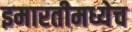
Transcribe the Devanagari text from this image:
इमारतीमध्येच